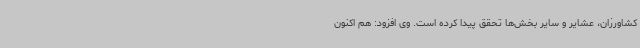
کشاورزان، عشایر و سایر بخش‌ها تحقق پیدا کرده است. وی افزود: هم اکنون